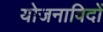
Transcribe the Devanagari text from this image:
योजनाविदों